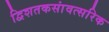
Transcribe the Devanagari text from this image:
द्विशतकसांवत्सरिक